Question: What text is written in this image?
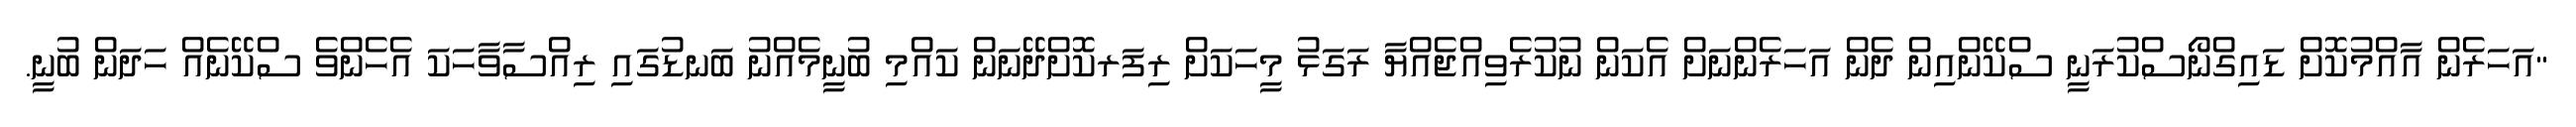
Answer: "އަހަރެން އާއްމުކޮށް ޑައިގްނޯސްކުރަނީ ސްކޭންއިން ދެން އަހަރެންނަށް އެކަން ނުކުރެވިއްޖެއްޔާ ރަގަޅު މީހަކަށް ރިފަރކޮށްދޭނަން ކައްމި ބުނީމެއްނު ބަނޑުގައި ރިއްސާވާހަކަ އެހެންވެ ސްކޭނެއް ހަދަން ބުނީ.